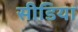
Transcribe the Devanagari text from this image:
सीडिया